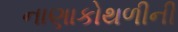
નાણાકોથળીની